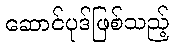
ဆောင်ပုဒ်ဖြစ်သည့်